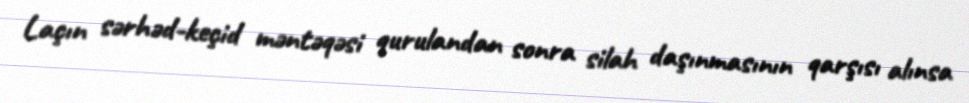
Laçın sərhəd-keçid məntəqəsi qurulandan sonra silah daşınmasının qarşısı alınsa